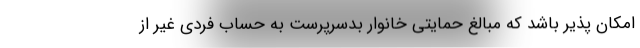
امکان پذیر باشد که مبالغ حمایتی خانوار بدسرپرست به حساب فردی غیر از